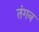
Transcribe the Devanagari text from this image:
तंगन